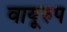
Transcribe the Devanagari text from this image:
वायूरुप